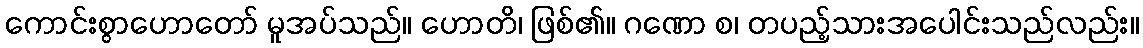
ကောင်းစွာဟောတော် မူအပ်သည်။ ဟောတိ၊ ဖြစ်၏။ ဂဏော စ၊ တပည့်သားအပေါင်းသည်လည်း။